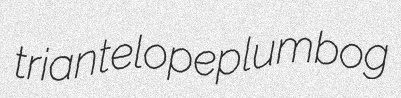
triantelope plumbog